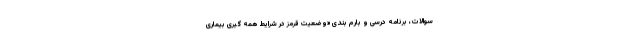
سوالات، برنامه درسی و بارم بندی «وضعیت قرمز در شرایط همه گیری بیماری